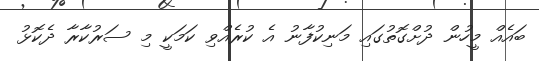
ބައެއް މީހުން ދުށްގޮތުގައި މަނިކުފާނު އެ ކުރެއްވި ކަމަކީ މި ސަރުކާރާ ދެކޮޅު